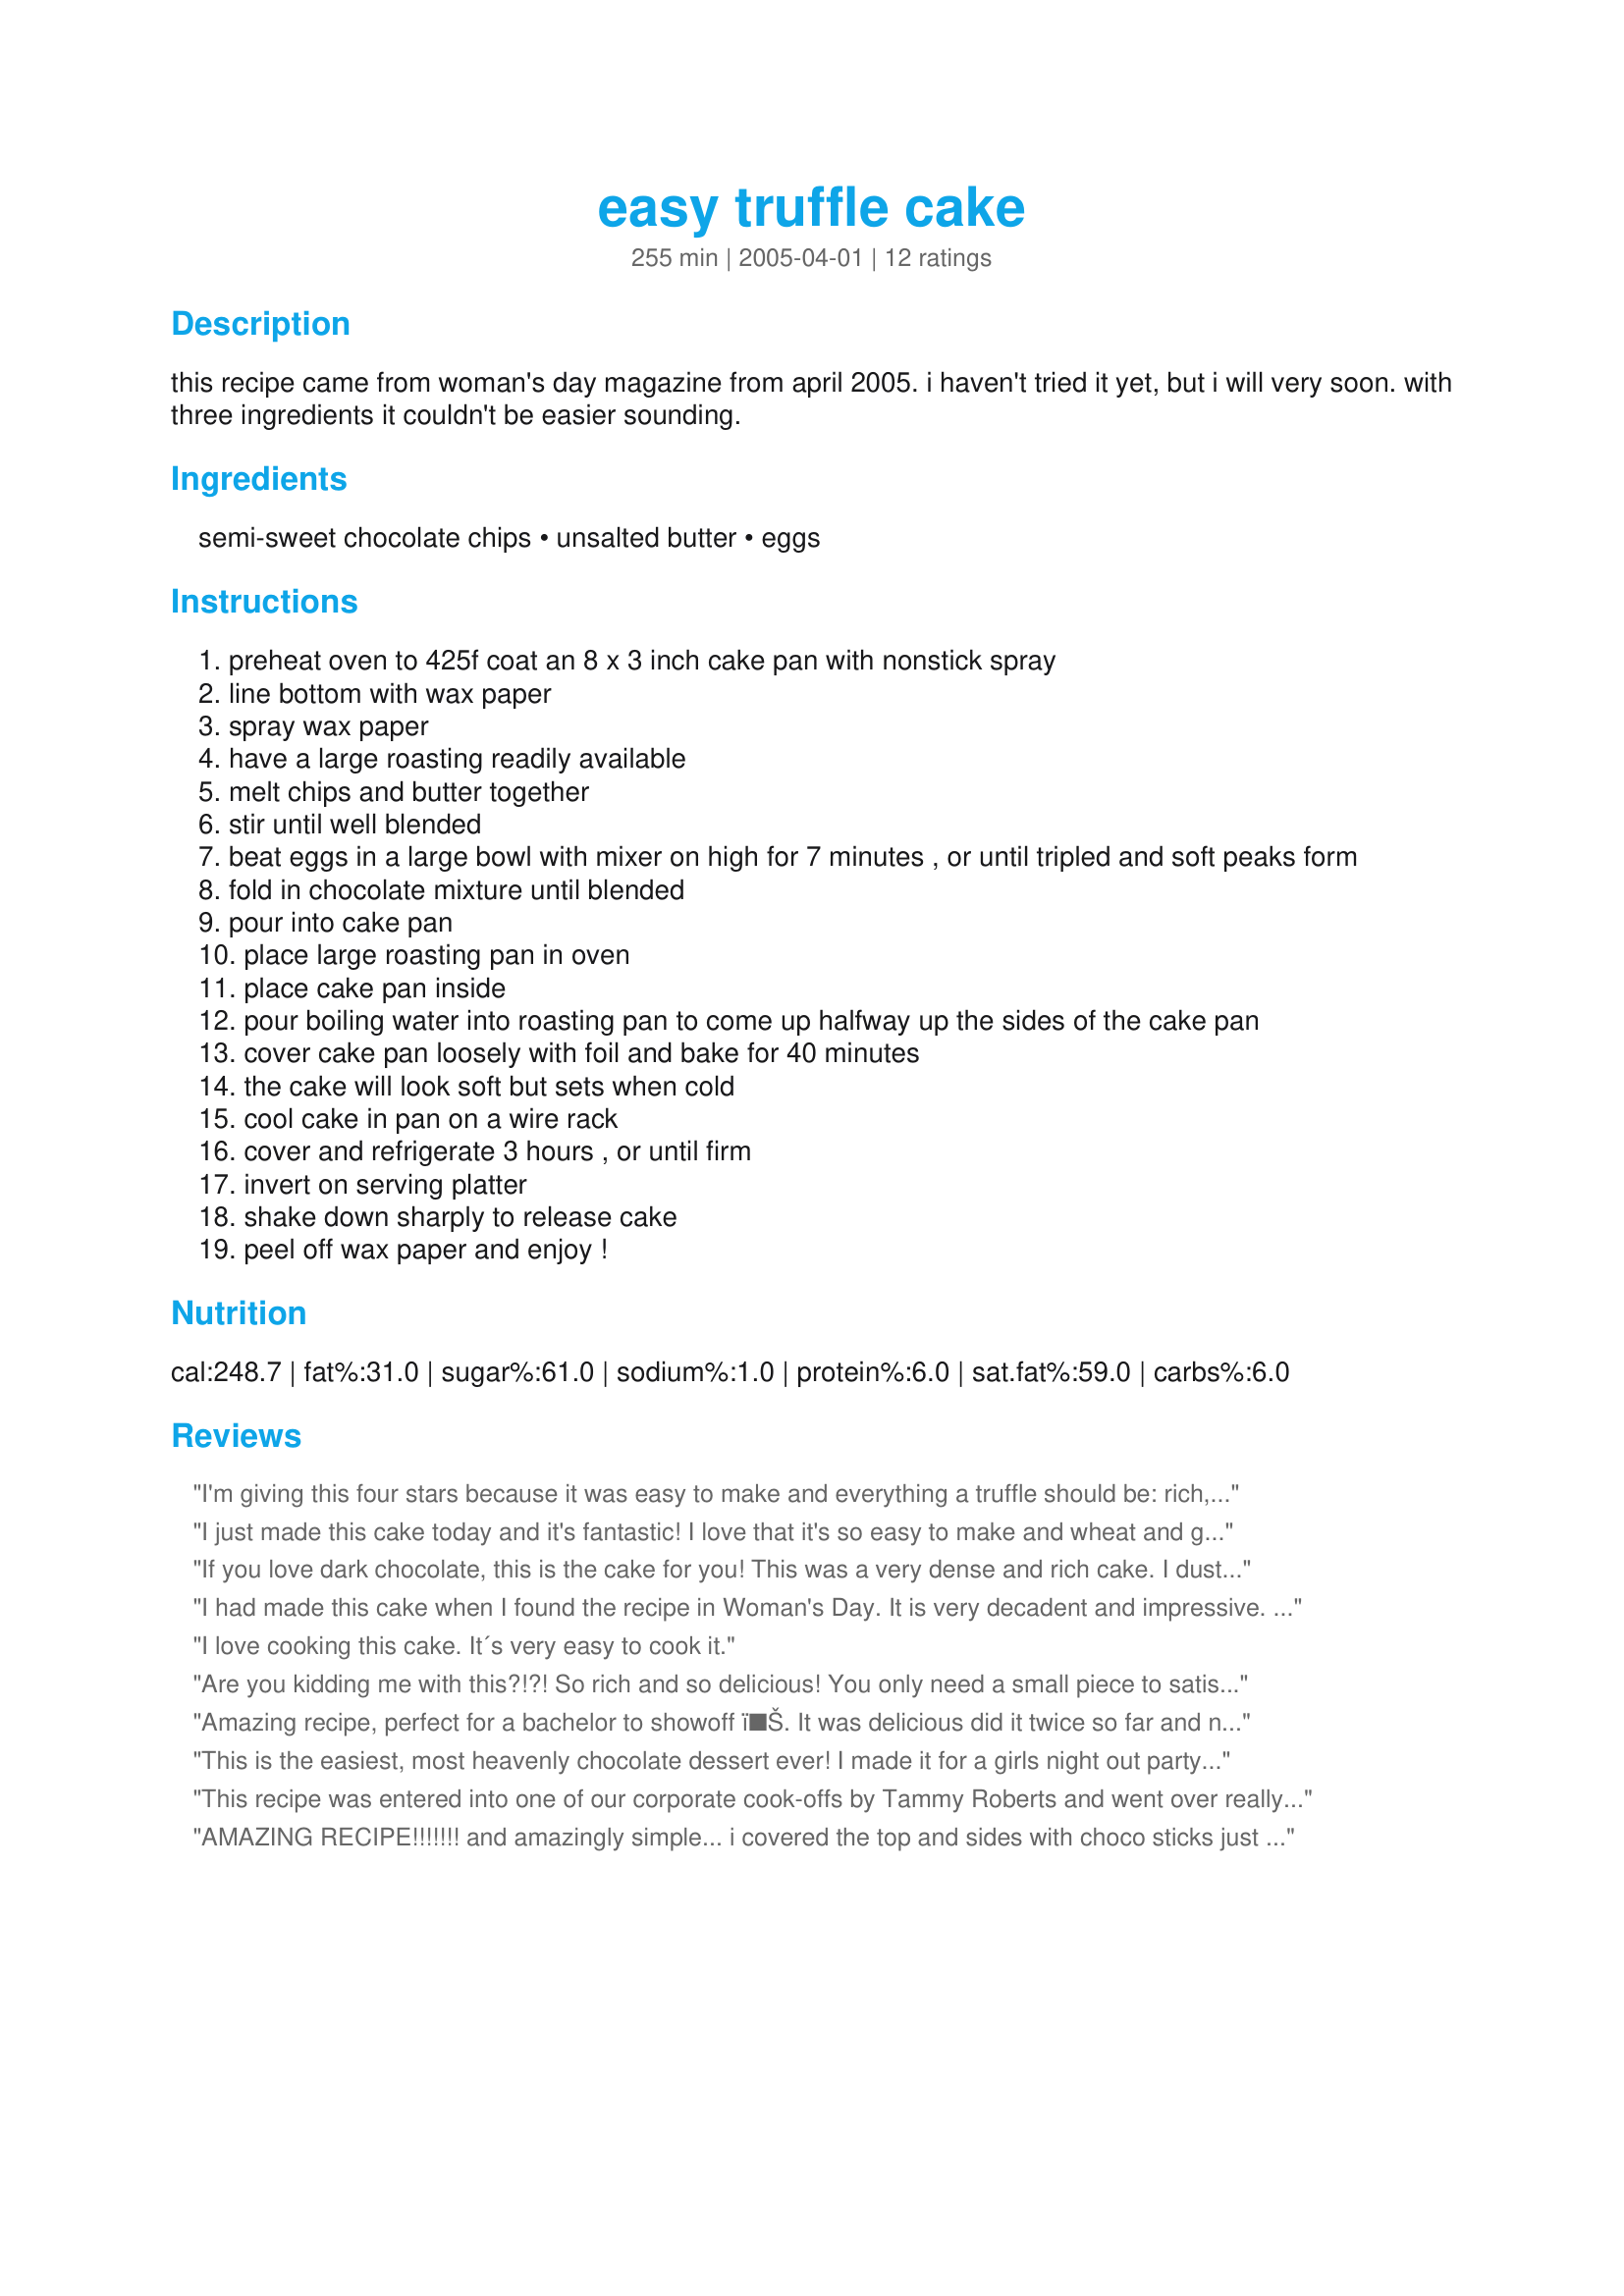
easy truffle cake
Preparation time: 255 minutes

this recipe came from woman's day magazine from april 2005. i haven't tried it yet, but i will very soon. with three ingredients it couldn't be easier sounding.

Ingredients:
semi-sweet chocolate chips, unsalted butter, eggs

Steps:
preheat oven to 425f coat an 8 x 3 inch cake pan with nonstick spray
line bottom with wax paper
spray wax paper
have a large roasting readily available
melt chips and butter together
stir until well blended
beat eggs in a large bowl with mixer on high for 7 minutes , or until tripled and soft peaks form
fold in chocolate mixture until blended
pour into cake pan
place large roasting pan in oven
place cake pan inside
pour boiling water into roasting pan to come up halfway up the sides of the cake pan
cover cake pan loosely with foil and bake for 40 minutes
the cake will look soft but sets when cold
cool cake in pan on a wire rack
cover and refrigerate 3 hours , or until firm
invert on serving platter
shake down sharply to release cake
peel off wax paper and enjoy !

Reviews:
I'm giving this four stars because it was easy to make and everything a truffle should be: rich, lucsious dark chocolate. I dusted it with powdered sugar and drizzled seedless raspberry preserves over it to try to keep the chocolate from being overwhelming. Still, even those of us who thought we could live on dark chocolate, given the chance, were unable to finish the smallest of pieces. I would make it again, but only when I have a crowd to serve it to. Thank you Deborah for sharing this recipe and for answering my questions along the way!
I just made this cake today and it's fantastic! I love that it's so easy to make and wheat and gluten free. It is VERY rich and decadent! I suggest a whipped cream and fruit topping of some sort...berries would be good.
If you love dark chocolate, this is the cake for you! This was a very dense and rich cake. I dusted the top with powdered sugar and arranged raspberries around the sides of the cake. The finished cake was a little difficult to cut (the pieces broke) but I think that a warmed knife would have solved this problem. When serving, I thought that a little whipped cream would have been nice (unfortunately, we didn't have any) to keep the chocolate from being overwhelming. Thank you for sharing this recipe.
I had made this cake when I found the recipe in Woman's Day. It is very decadent and impressive. It is a delight for Dark chocolate lovers. note though that people who prefer milk chocolate will not appreciate this one much!
I love cooking this cake. It´s very easy to cook it.
Are you kidding me with this?!?! So rich and so delicious! You only need a small piece to satisfy your sweet tooth! I think this would be great with a tart raspberry sauce,
Amazing recipe, perfect for a bachelor to showoff ï�Š. It was delicious did it twice so far and never failed, and it just disappears once its servedâ€¦ Lovely with vanilla ice cream on the side as well. Thank you so much for sharing this with everyone.
This is the easiest, most heavenly chocolate dessert ever! I made it for a girls night out party and it was a hit. Everyone asked for the recipe! I served it with fresh raspberries and whipped cream and it is to die for!
This recipe was entered into one of our corporate cook-offs by Tammy Roberts and went over really well! Much loved dessert...very decedant!
AMAZING RECIPE!!!!!!! and amazingly simple... i covered the top and sides with choco sticks just before storing in the fridge. so when i served i made it a little warm and the choco sticks melted down... sinfully delightful!!!!!
Very yummy and not overly chocolatey. Recipe clearly has a sauce in the picture but no mention in the instructions.
I made this for valentine's day and it was amazing. We enjoyed it immensely. So rich and dense will make again for sure
